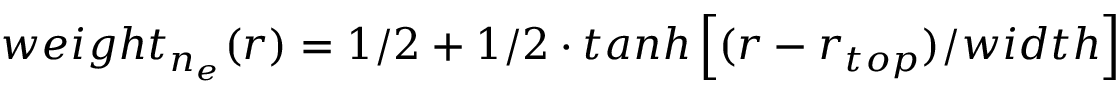
w e i g h t _ { n _ { e } } ( r ) = 1 / 2 + 1 / 2 \cdot t a n h \left[ ( r - r _ { t o p } ) / w i d t h \right]